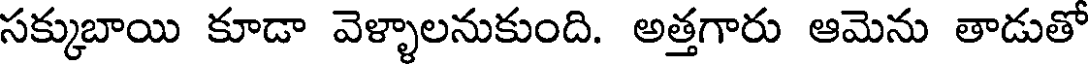
సక్కుబాయి కూడా వెళ్ళాలనుకుంది. అత్తగారు ఆమెను తాడుతో